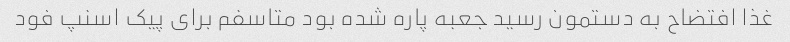
غذا افتضاح به دستمون رسید جعبه پاره شده بود متاسفم برای پیک اسنپ فود